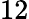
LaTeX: {\displaystyle 12}